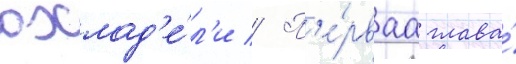
охлад'е́л'и // П'е́рваа глава́